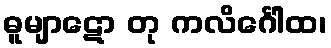
ဓူမျာဋော တု ကလိင်္ဂေါထ၊